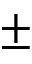
\pm